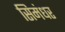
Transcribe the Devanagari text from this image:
सिमंधर